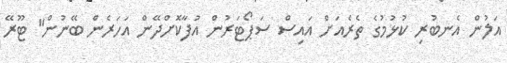
އަލުން އެނބުރި ކުޅުމުގެ ތެރެއަށް އައިސް ސަޕޯޓަރުން އުފާކޮށްދޭން އަހަރެން ބޭނުން" ޓޫރޭ